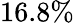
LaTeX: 16.8\%